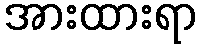
အားထားရာ